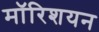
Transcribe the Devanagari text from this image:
मॉरिशयन